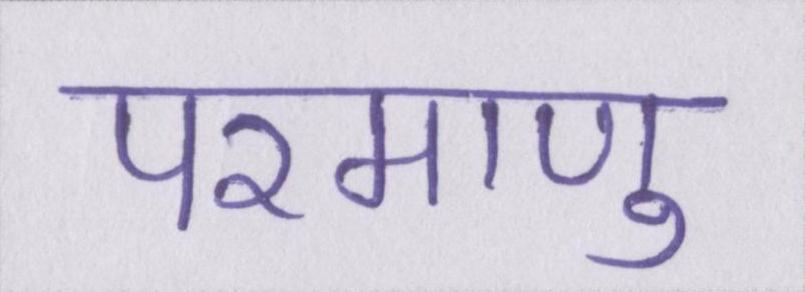
परमाणु